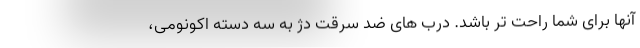
آنها برای شما راحت تر باشد. درب های ضد سرقت دژ به سه دسته اکونومی،